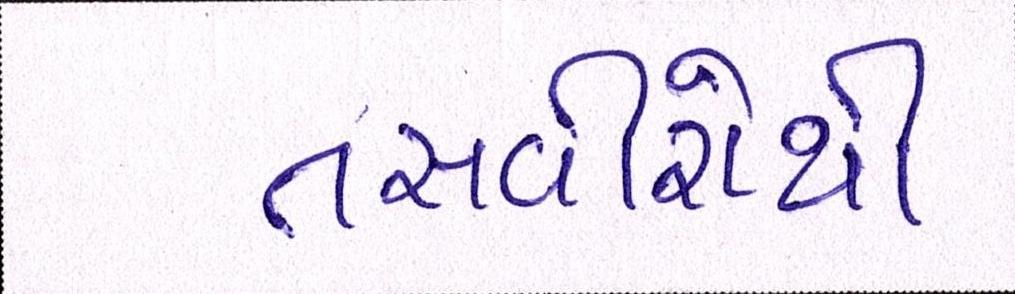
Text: તસવીરોથી